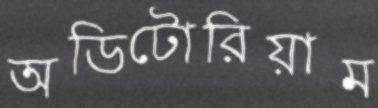
অডিটোরিয়াম